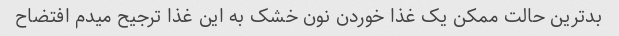
بدترین حالت ممکن یک غذا خوردن نون خشک به این غذا ترجیح میدم افتضاح